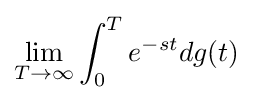
\lim _{T\to \infty }\int _{0}^{T}e^{-st}dg(t)